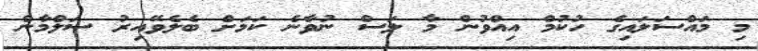
މި މައްސަލައިގެ ހުކުމް އިއްވުން މާ ލަސް ނުވާނެ ކަމަށް ބެލެވޭއިރު ސަލްމާން